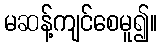
မဆန့်ကျင်စေမူ၍။